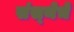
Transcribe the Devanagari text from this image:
संस्‍थेचे